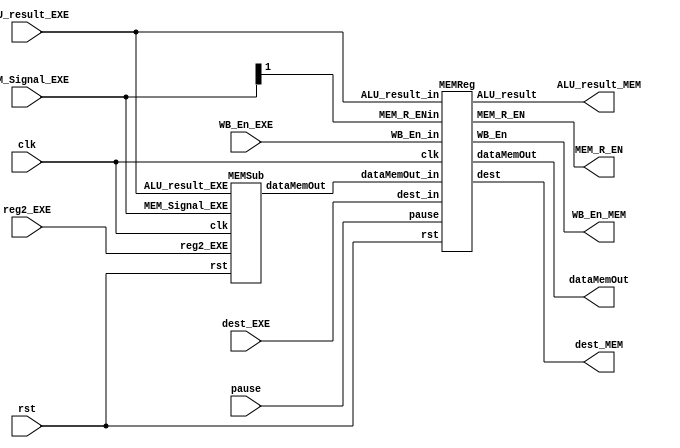
module MEM (
		input clk,rst,
		// SRAM  UNIT
		pause,
		input WB_En_EXE,
		input [1:0] MEM_Signal_EXE,
		input [4:0] dest_EXE,
		input [31:0] ALU_result_EXE,reg2_EXE,

		output WB_En_MEM,MEM_R_EN,
		output [4:0] dest_MEM,
		output [31:0] ALU_result_MEM,dataMemOut
	);
	wire [31:0] dataMemOut_in;
	MEMSub _MEMSub(
		clk,rst,
		MEM_Signal_EXE,
		ALU_result_EXE,reg2_EXE,//address

		dataMemOut_in
	);
	MEMReg _MEMReg (clk,rst,pause,WB_En_EXE,MEM_Signal_EXE[1],dest_EXE,ALU_result_EXE,dataMemOut_in,WB_En_MEM,MEM_R_EN,dest_MEM,ALU_result_MEM,dataMemOut);
endmodule
// * * * * * * * * * * * * * * * * * * * * * * * * * * * * * * * *
module MEMSub (
		input clk,rst,
		input [1:0] MEM_Signal_EXE,
		input [31:0] ALU_result_EXE,reg2_EXE,//address

		output [31:0] dataMemOut
	);

	wire [31:0] addrMapping;
	wire [5:0] addrMem;
	assign addrMapping = ALU_result_EXE - 1024;
	assign addrMem = {addrMapping[7:2]};

	reg	[31:0] dataMem[63:0]; //2 ^ 6 = 64
	//integer i;
	//initial begin
	//    for(i = 0; i < 1024; i = i+1) begin
	//        dataMem[i] = 32'd0;
	//	end
	//end

    always @(posedge clk) begin
		if (MEM_Signal_EXE[0]) begin
			dataMem[addrMem] <= reg2_EXE;
		end
	end

	assign dataMemOut = dataMem[addrMem];

endmodule
// * * * * * * * * * * * * * * * * * * * * * * * * * * * * * * * *
module MEMReg (
		input clk,rst,
		// SRAM  UNIT
		pause,
		input WB_En_in,MEM_R_ENin,
		input [4:0] dest_in,
		input [31:0] ALU_result_in,dataMemOut_in,

		output reg WB_En,MEM_R_EN,
		output reg [4:0] dest,
		output reg [31:0] ALU_result,dataMemOut

	);
	always@(posedge clk) begin
		if (rst) begin
			WB_En <= 1'd0;
			MEM_R_EN <= 1'b0;
			dest <= 5'd0;
			ALU_result <= 32'd0;
			dataMemOut <= 32'd0;
		end
		else begin
			if (pause) begin
				WB_En <= WB_En;
				MEM_R_EN <= MEM_R_EN;
				dest <= dest;
				ALU_result <= ALU_result;
				dataMemOut <= dataMemOut;
			end
			else begin
				WB_En <= WB_En_in;
				MEM_R_EN <= MEM_R_ENin;
				dest <= dest_in;
				ALU_result <= ALU_result_in;
				dataMemOut <= dataMemOut_in;
			end
		end
	end

endmodule